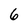
Character: 6